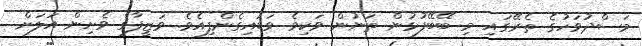
މަސްދުވަހުގެ ތެރޭގައި މި ބޭބޭފުޅުން ތަނުން ވަކިވެ ވަޑައިގެންފިއެވެ. ވަޒީފާގެ ވެށިން އަލަށް